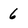
Character: 6